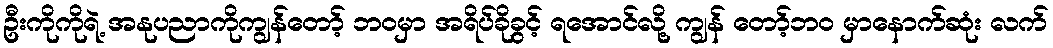
ဦးကိုကိုရဲ့ အနုပညာကိုကျွန်တော့် ဘဝမှာ အရိပ်ခိုခွင့် ရအောင်လို့ ကျွန် တော့်ဘဝ မှာနောက်ဆုံး လက်